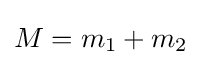
M=m_{1}+m_{2}\